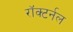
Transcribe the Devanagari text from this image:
रॉक्टर्नल